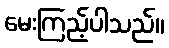
မေးကြည့်ပါသည်။